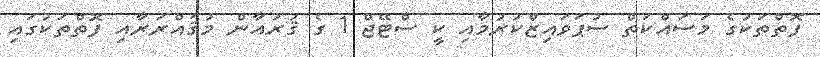
ފޮތްތަކުގެ މަސައްކަތް ސުޕަވައިޒްކުރުމާއި ކީ ސްޓޭޖް 1 ގެ ޤުރުއާން މުޤައްރަރާއި ފޮތްތަކުގައި